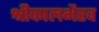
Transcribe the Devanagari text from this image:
श्रीकालभैरव